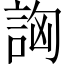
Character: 詾